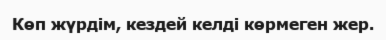
Көп жүрдім, кездей келді көрмеген жер.